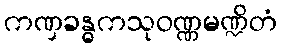
ကဏှခန္ဓကသုဝဏ္ဏမဏ္ဍိတံ